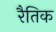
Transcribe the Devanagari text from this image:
रैतिक